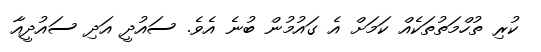
ކުރި ތުހްމަތުތަކެއް ކަމަށް އެ ގައުމުން ބުނެ އެވެ. ސައުދީ އަދި ސައުދީއާ